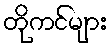
တိုကင်များ